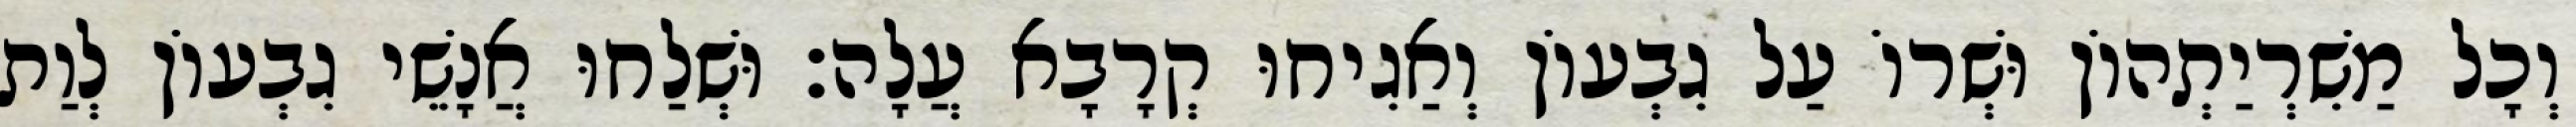
וְכָל מַשִׁרְיַתְהוֹן וּשְׁרוֹ עַל גִבְעוֹן וְאַגִיחוּ קְרָבָא עֲלָה׃ וּשְׁלַחוּ אֲנָשֵׁי גִבְעוֹן לְוַת